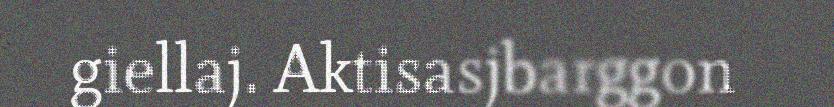
giellaj. Aktisasjbarggon